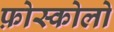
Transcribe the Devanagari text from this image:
फ़ोस्कोलो